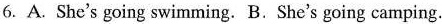
6. A. She's going swimming. B. She's going camping.